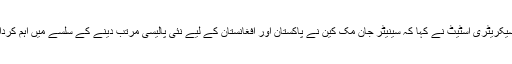
امریکی سیکریٹری اسٹیٹ نے کہا کہ سینیٹر جان مک کین نے پاکستان اور افغانستان کے لیے نئی پالیسی مرتب دینے کے سلسے میں اہم کردار ادا کیا۔